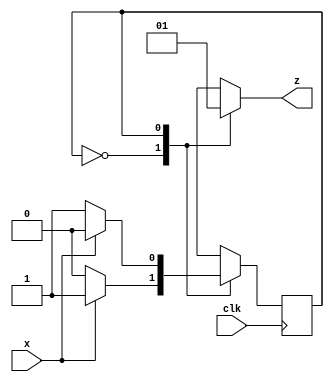
module parity(x,clk,z);
input x,clk;
output reg z;
reg even_odd;
parameter even=0,odd=1;
always @(posedge clk)
case(even_odd)
even:even_odd<=x?odd:even;
odd:even_odd<=x?even:odd;
default:even_odd<=even;
endcase
always@(even_odd)
case(even_odd)
even:z=0;
odd:z=1;
endcase
endmodule